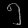
Digit: ၅